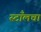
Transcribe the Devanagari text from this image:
स्टाँलचा